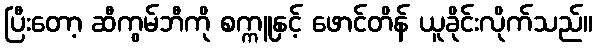
ပြီးတော့ ဆီကွမ်ဘီကို စက္ကူနှင့် ဖောင်တိန် ယူခိုင်းလိုက်သည်။